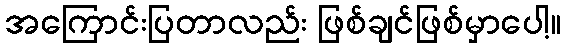
အကြောင်းပြတာလည်း ဖြစ်ချင်ဖြစ်မှာပေါ့။